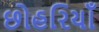
છોહરિયાઁ